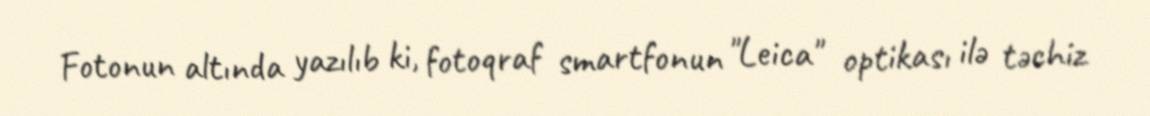
Fotonun altında yazılıb ki, fotoqraf smartfonun "Leica" optikası ilə təchiz